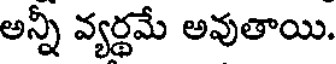
అన్నీ వ్యర్థమే అవుతాయి.